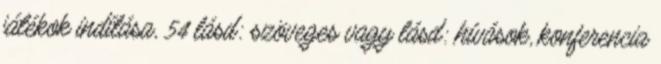
játékok indítása, 54 lásd: szöveges vagy lásd: hívások, konferencia